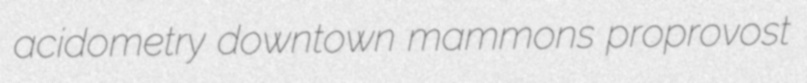
acidometry downtown mammons proprovost